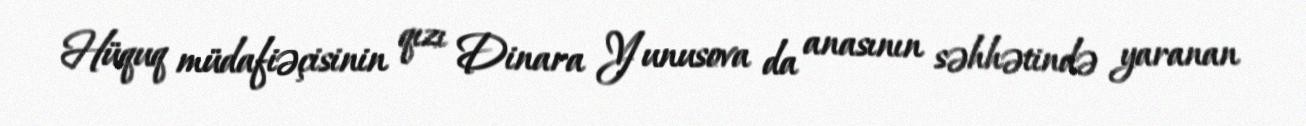
Hüquq müdafiəçisinin qızı Dinara Yunusova da anasının səhhətində yaranan